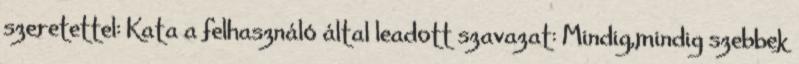
szeretettel: Kata a felhasználó által leadott szavazat: Mindig,mindig szebbek